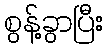
စွန့်ခွာပြီး